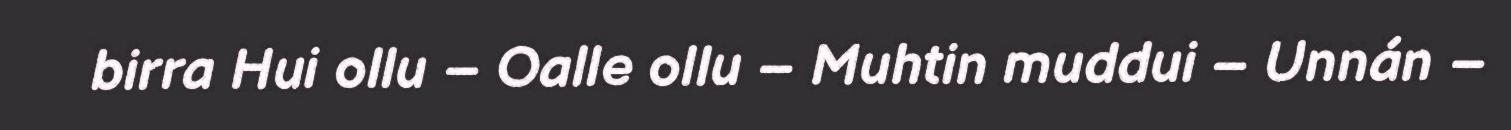
birra Hui ollu – Oalle ollu – Muhtin muddui – Unnán –